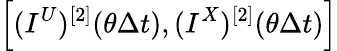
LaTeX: \left[(I^{U})^{[2]}(\theta\Delta t),(I^{X})^{[2]}(\theta\Delta t)\right]